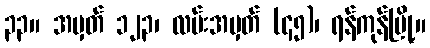
၃၃။ အမှတ် ၁၂၃၊ လမ်းအမှတ် (၄၅)၊ ရန်ကုန်မြို့။